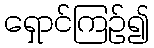
ရှောင်ကြဉ်၍